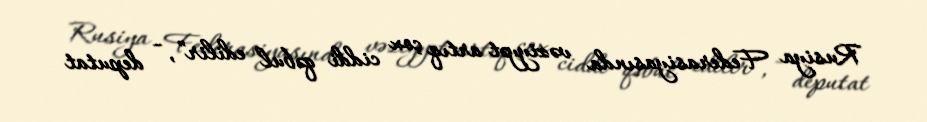
Rusiya Federasiyasında vəziyyət artıq çox ciddi qəbul edilir”, - deputat